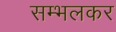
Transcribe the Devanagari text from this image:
सम्भलकर